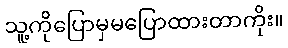
သူ့ကိုပြောမှမပြောထားတာကိုး။